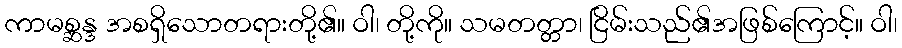
ကာမစ္ဆန္ဒ အစရှိသောတရားတို့၏။ ဝါ၊ တို့ကို။ သမတတ္တာ၊ ငြိမ်းသည်၏အဖြစ်ကြောင့်။ ဝါ၊